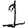
Digit: 1